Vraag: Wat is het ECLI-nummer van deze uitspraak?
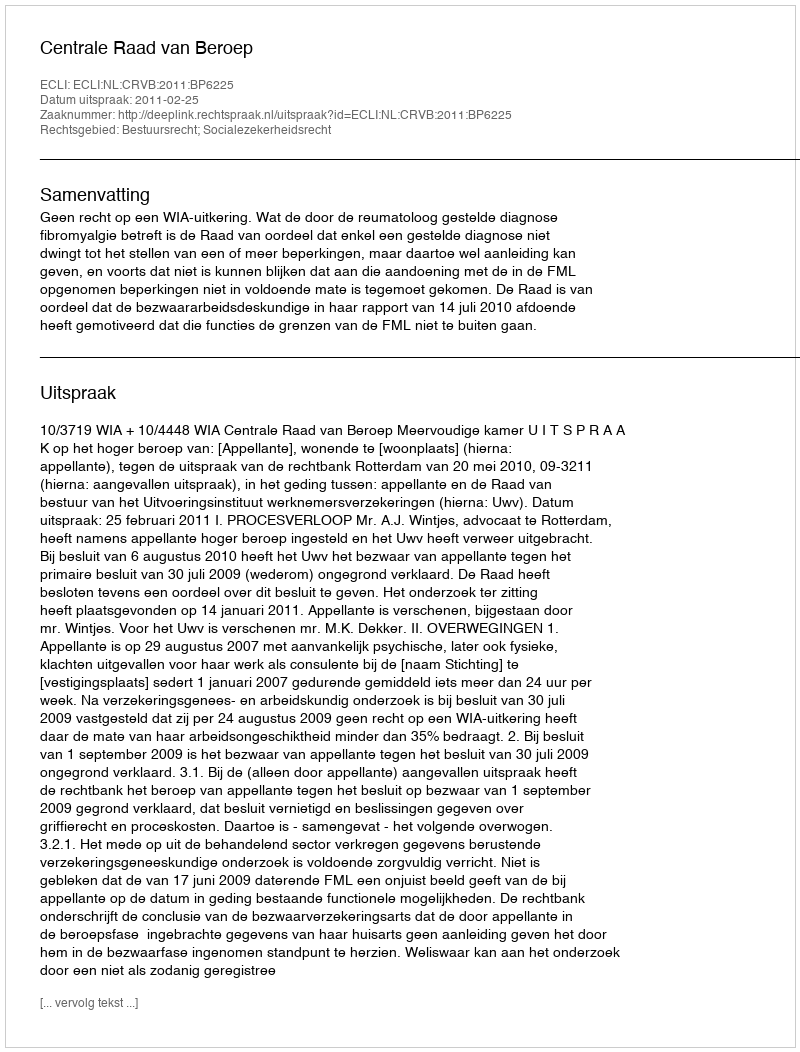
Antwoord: ECLI:NL:CRVB:2011:BP6225